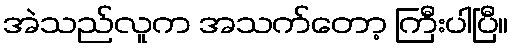
အဲသည်လူက အသက်တော့ ကြီးပါပြီ။